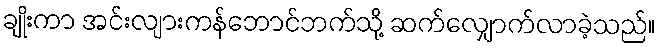
ချိုးကာ အင်းလျားကန်ဘောင်ဘက်သို့ ဆက်လျှောက်လာခဲ့သည်။